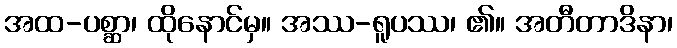
အထ-ပစ္ဆာ၊ ထိုနောင်မှ။ အဿ-ရူပဿ၊ ၏။ အတီတာဒိနာ၊